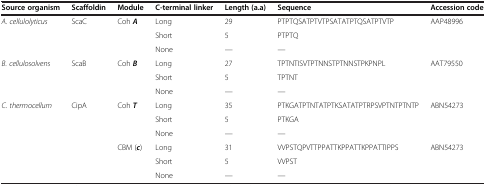
<table><thead><tr><td><b>Source organism</b></td><td><b>Scaffoldin</b></td><td><b>Module</b></td><td><b>C-terminal linker</b></td><td><b>Length (a.a)</b></td><td><b>Sequence</b></td><td><b>Accession code</b></td></tr></thead><tbody><tr><td rowspan="3"><i>A. cellulolyticus</i></td><td rowspan="3">ScaC</td><td rowspan="3">Coh <b><i>A</i></b></td><td>Long</td><td>29</td><td>PTPTQSATPTVTPSATATPTQSATPTVTP</td><td rowspan="3">AAP48996</td></tr><tr><td>Short</td><td>5</td><td>PTPTQ</td></tr><tr><td>None</td><td>—</td><td>—</td></tr><tr><td rowspan="3"><i>B. cellulosolvens</i></td><td rowspan="3">ScaB</td><td rowspan="3">Coh <b><i>B</i></b></td><td>Long</td><td>27</td><td>TPTNTISVTPTNNSTPTNNSTPKPNPL</td><td rowspan="3">AAT79550</td></tr><tr><td>Short</td><td>5</td><td>TPTNT</td></tr><tr><td>None</td><td>—</td><td>—</td></tr><tr><td rowspan="5"><i>C. thermocellum</i></td><td rowspan="5">CipA</td><td rowspan="2">Coh <b><i>T</i></b></td><td>Long</td><td>35</td><td>PTKGATPTNTATPTKSATATPTRPSVPTNTPTNTP</td><td rowspan="3">ABN54273</td></tr><tr><td>Short</td><td>5</td><td>PTKGA</td></tr><tr><td> </td><td>None</td><td>—</td><td>—</td></tr><tr><td>CBM (<b><i>c</i></b>)</td><td>Long</td><td>31</td><td>VVPSTQPVTTPPATTKPPATTKPPATTIPPS</td><td>ABN54273</td></tr><tr><td> </td><td>Short</td><td>5</td><td>VVPST</td><td> </td></tr><tr><td> </td><td> </td><td> </td><td>None</td><td>—</td><td>—</td><td> </td></tr></tbody></table>